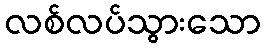
လစ်လပ်သွားသော